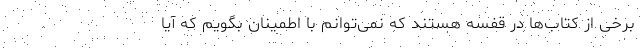
برخی از کتاب‌ها در قفسه هستند که نمی‌توانم با اطمینان بگویم که آیا